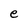
Character: e